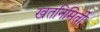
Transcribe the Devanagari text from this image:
खतनिमिर्ती